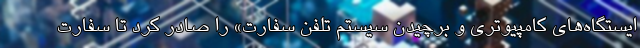
ایستگاه‌های کامپیوتری و برچیدن سیستم تلفن سفارت» را صادر کرد تا سفارت